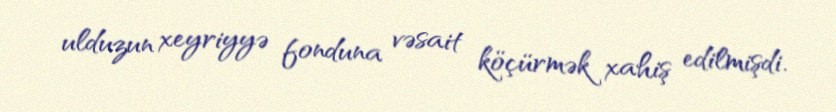
ulduzun xeyriyyə fonduna vəsait köçürmək xahiş edilmişdi.